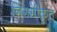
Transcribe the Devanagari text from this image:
निगमीकृत